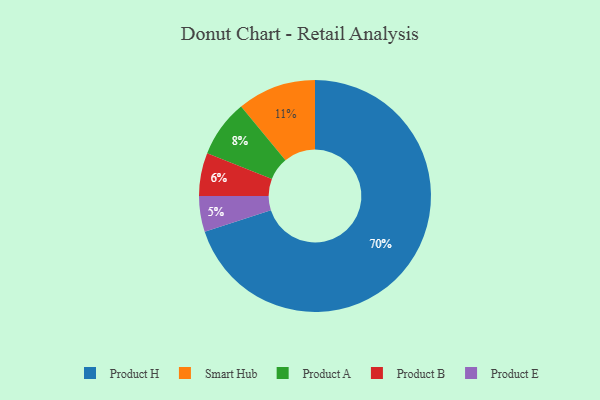
{"axis": {"x": "Category", "y": "Percentage"}, "legend": ["Product A", "Product B", "Product E", "Product H", "Smart Hub"], "data": [{"x": "Product H", "y": 70, "type": "Product H"}, {"x": "Product A", "y": 8, "type": "Product A"}, {"x": "Product B", "y": 6, "type": "Product B"}, {"x": "Smart Hub", "y": 11, "type": "Smart Hub"}, {"x": "Product E", "y": 5, "type": "Product E"}]}